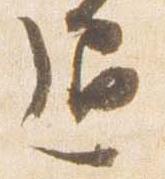
通